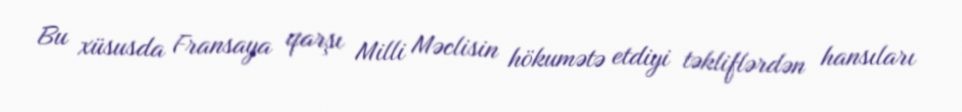
Bu xüsusda Fransaya qarşı Milli Məclisin hökumətə etdiyi təkliflərdən hansıları